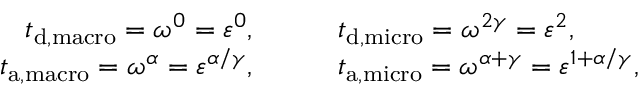
\begin{array} { r l } { { t } _ { \tiny { \mathrm { d , m a c r o } } } = \omega ^ { 0 } = \varepsilon ^ { 0 } , \qquad } & { { t } _ { \tiny { \mathrm { d , m i c r o } } } = \omega ^ { 2 \gamma } = \varepsilon ^ { 2 } , } \\ { { t } _ { \tiny { \mathrm { a , m a c r o } } } = \omega ^ { \alpha } = \varepsilon ^ { \alpha / \gamma } , \qquad } & { { t } _ { \tiny { \mathrm { a , m i c r o } } } = \omega ^ { \alpha + \gamma } = \varepsilon ^ { 1 + \alpha / \gamma } , } \end{array}